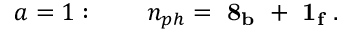
a = 1 : \qquad n _ { p h } = \mathrm { { \bf ~ 8 _ { b } ~ + ~ 1 _ { f } ~ } } .